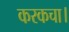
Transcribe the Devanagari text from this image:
करकचा।